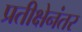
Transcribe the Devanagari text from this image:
प्रतीक्षेनंतर